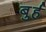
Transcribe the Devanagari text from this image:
बुर्ह